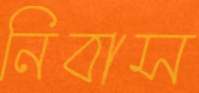
নিবাস